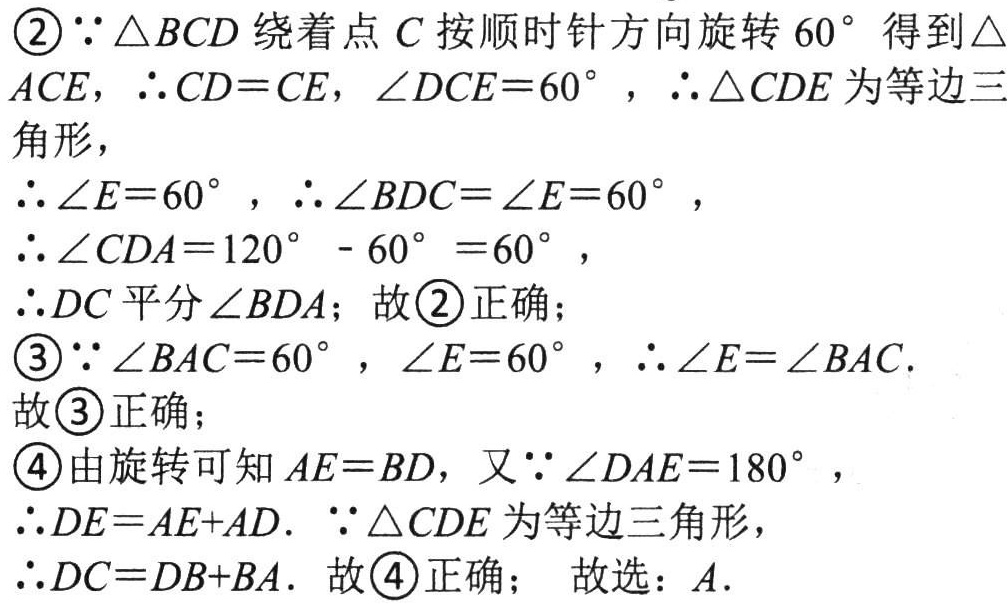
\begin{enumerate}

\item[\textcircled{2}] $\because \triangle BCD$ 绕着点 $C$ 按顺时针方向旋转 $60^{\circ}$ 得到 $\triangle ACE$，$\therefore CD = CE$，$\angle DCE = 60^{\circ}$，$\therefore \triangle CDE$ 为等边三角形，

$\therefore \angle E = 60^{\circ}$，$\therefore \angle BDC=\angle E = 60^{\circ}$，

$\therefore \angle CDA = 120^{\circ}-60^{\circ}=60^{\circ}$，

$\therefore DC$ 平分 $\angle BDA$；故\textcircled{2}正确；

\item[\textcircled{3}] $\because \angle BAC = 60^{\circ}$，$\angle E = 60^{\circ}$，$\therefore \angle E=\angle BAC$.

故\textcircled{3}正确；

\item[\textcircled{4}] 由旋转可知 $AE = BD$，又 $\because \angle DAE = 180^{\circ}$，

$\therefore DE=AE + AD$. $\because \triangle CDE$ 为等边三角形，

$\therefore DC=DB + BA$. 故\textcircled{4}正确； 故选：$A$.

\end{enumerate}